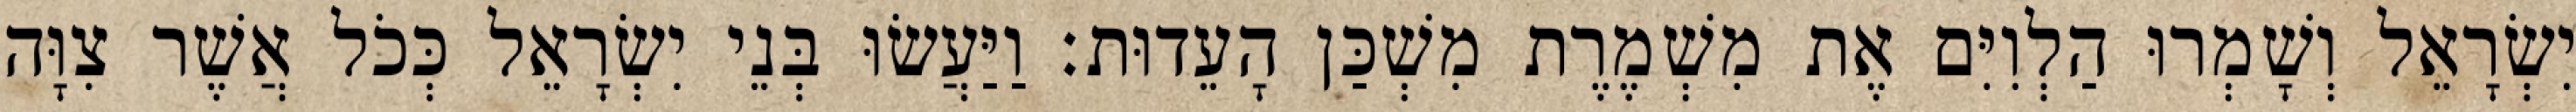
יִשְׂרָאֵל וְשָׁמְרוּ הַלְוִיִּם אֶת מִשְׁמֶרֶת מִשְׁכַּן הָעֵדוּת׃ וַיַּעֲשׂוּ בְּנֵי יִשְׂרָאֵל כְּכֹל אֲשֶׁר צִוָּה